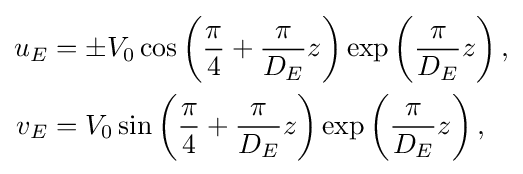
{\begin{aligned}u_{E}&=\pm V_{0}\cos \left({\frac {\pi }{4}}+{\frac {\pi }{D_{E}}}z\right)\exp \left({\frac {\pi }{D_{E}}}z\right),\\v_{E}&=V_{0}\sin \left({\frac {\pi }{4}}+{\frac {\pi }{D_{E}}}z\right)\exp \left({\frac {\pi }{D_{E}}}z\right),\end{aligned}}